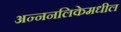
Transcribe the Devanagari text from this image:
अन्ननलिकेमधील